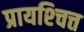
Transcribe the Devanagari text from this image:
प्रायश्‍चित्त